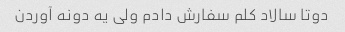
دوتا سالاد کلم سفارش دادم ولی یه دونه آوردن